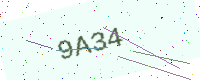
Text: 9A34